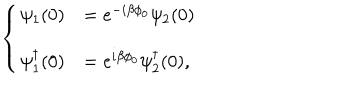
LaTeX: \left\{ \begin{array} { l l } { { \psi _ { 1 } ( 0 ) } } & { { = e ^ { - i \beta \phi _ { 0 } } \psi _ { 2 } ( 0 ) } } \\ { { \psi _ { 1 } ^ { \dagger } ( 0 ) } } & { { = e ^ { i \beta \phi _ { 0 } } \psi _ { 2 } ^ { \dagger } ( 0 ) , } } \\ \end{array} \right.